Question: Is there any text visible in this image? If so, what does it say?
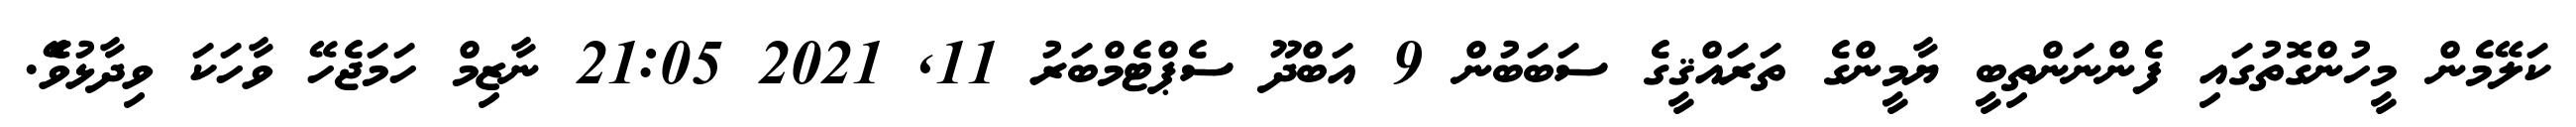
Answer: ކަލޭމެން މީހުންގޮތުގައި ފެންނަންތިބީ ޔާމީންގެ ތަރައްޤީގެ ސަބަބުން 9 އަބްދޫ ސެޕްޓެމްބަރު 11, 2021 21:05 ނާޒިމް ހަމަޖެހޭ ވާހަކަ ވިދާޅުވެޭ.